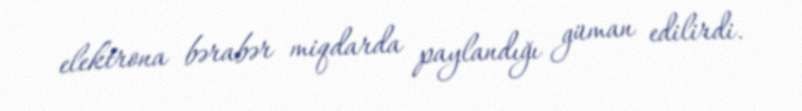
elektrona bərabər miqdarda paylandığı güman edilirdi.